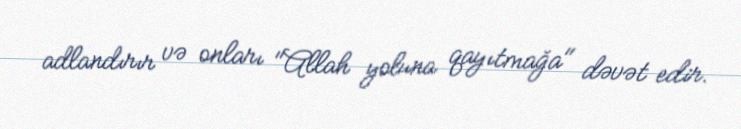
adlandırır və onları "Allah yoluna qayıtmağa" dəvət edir.